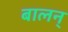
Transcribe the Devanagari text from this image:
बालन्